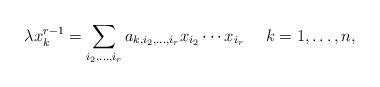
LaTeX: \begin{align*}\lambda x_{k}^{r-1}=\sum_{i_{2},\ldots,i_{r}}a_{k,i_{2},\ldots,i_{r}}x_{i_{2}}\cdots x_{i_{r}}\ \ \ \ k=1,\ldots,n, \end{align*}